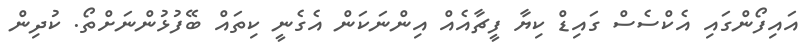
އައިފޯންގައި އެކްސެސް ގައިޑް ކިޔާ ފީޗާއެއް އިންނަކަން އެގެނީ ކިތައް ބޭފުޅުންނަށްތޯ. ކުދިން